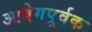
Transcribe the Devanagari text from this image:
आवेगपूर्वक